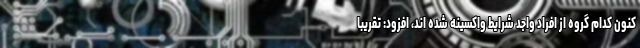
کنون کدام گروه از افراد واجد شرایط واکسینه شده اند، افزود: تقریبا